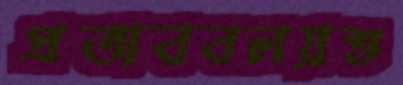
প্রভাববলয়শু